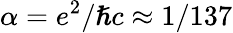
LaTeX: \alpha=e^{2}/\hslash c\approx 1/137